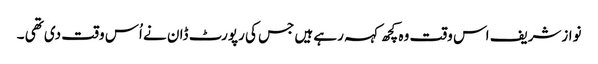
نوازشریف اس وقت وہ کچھ کہہ رہے ہیں جس کی رپورٹ ڈان نے اُس وقت دی تھی ۔